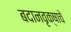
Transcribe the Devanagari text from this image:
बदानवृक्षाचे